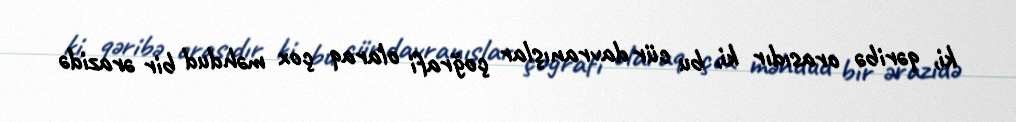
ki, qəribə orasıdır ki, bu cür davranışlar çoğrafi olaraq çox məhdud bir ərazidə